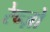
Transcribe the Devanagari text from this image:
रेन्ज़ो